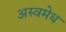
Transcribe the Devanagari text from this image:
अस्वमेध